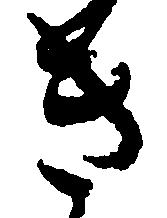
き